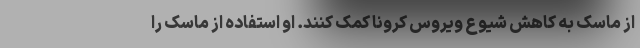
از ماسک به کاهش شیوع ویروس کرونا کمک کنند. او استفاده از ماسک را